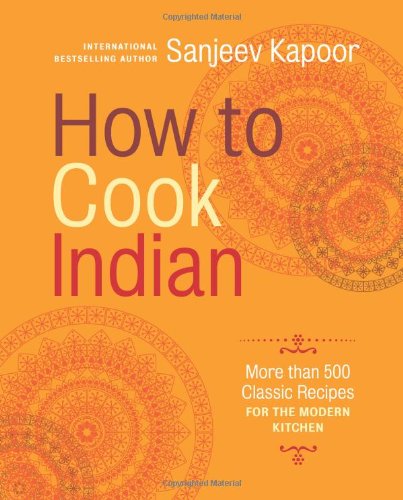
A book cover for How to Cook Indian: More Than 500 Classic Recipes for the Modern Kitchen; Sanjeev Kapoor; Cookbooks, Food & Wine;